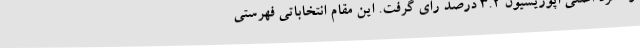
و نامزد اصلی اپوزیسیون 3.2 درصد رای گرفت. این مقام انتخاباتی فهرستی